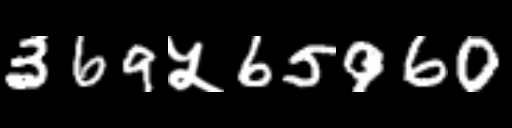
Text: 369५65960